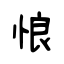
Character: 悢